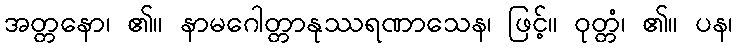
အတ္တနော၊ ၏။ နာမဂေါတ္တာနုဿရဏာသေန၊ ဖြင့်။ ဝုတ္တံ၊ ၏။ ပန၊